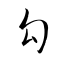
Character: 勾